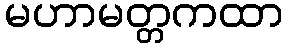
မဟာမတ္တကထာ